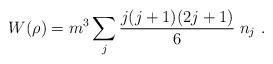
LaTeX: \begin{align*}W{(\rho)} = m^3 \sum_j \frac{j(j+1)(2j+1)}{6} \;n_{j} \ .\end{align*}